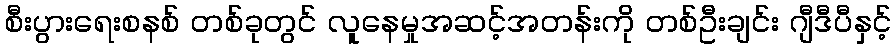
စီးပွားရေးစနစ် တစ်ခုတွင် လူနေမှုအဆင့်အတန်းကို တစ်ဦးချင်း ဂျီဒီပီနှင့်